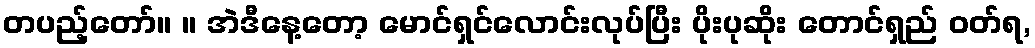
တပည့်တော်။ ။ အဲဒီနေ့တော့ မောင်ရှင်လောင်းလုပ်ပြီး ပိုးပုဆိုး တောင်ရှည် ဝတ်ရ,